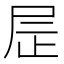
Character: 𫵙